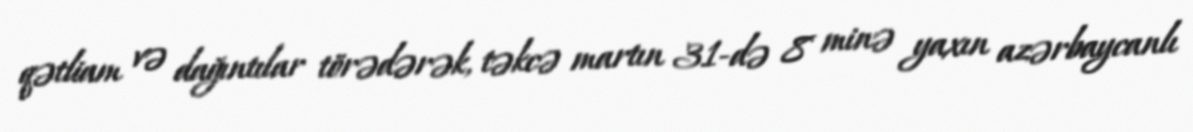
qətliam və dağıntılar törədərək, təkcə martın 31-də 8 minə yaxın azərbaycanlı